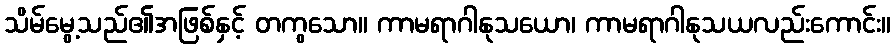
သိမ်မွေ့သည်၏အဖြစ်နှင့် တကွသော။ ကာမရာဂါနုသယော၊ ကာမရာဂါနုသယလည်းကောင်း။